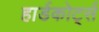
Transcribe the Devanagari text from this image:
हार्डकोर्ट्स